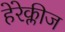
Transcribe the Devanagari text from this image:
हेरेक्लीज